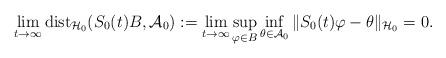
LaTeX: \begin{align*}\lim_{t\rightarrow\infty}{\rm{dist}}_{\mathcal{H}_0}(S_0(t)B,\mathcal{A}_0):=\lim_{t\rightarrow\infty}\sup_{\varphi\in B}\inf_{\theta\in\mathcal{A}_0}\|S_0(t)\varphi-\theta\|_{\mathcal{H}_0}=0.\end{align*}